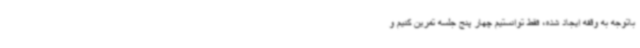
باتوجه به وقفه ایجاد شده، فقط توانستیم چهار پنج جلسه تمرین کنیم و